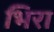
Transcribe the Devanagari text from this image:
भिरा